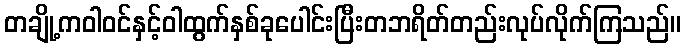
တချို့ကဝါဝင်နှင့်ဝါထွက်နှစ်ခုပေါင်းပြီးတဘရိတ်တည်းလုပ်လိုက်ကြသည်။